Vaccination in Bombay 1863-1868 - 1863-1868
Year: 1863
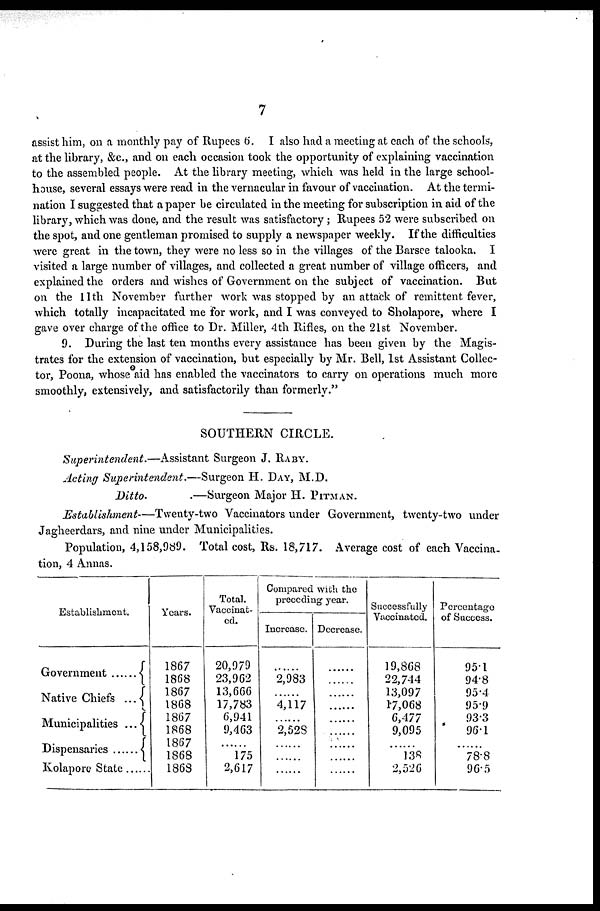
7
assist him, on a monthly pay of Rupees 6. I also had a meeting at each of the schools,
at the library, &c., and on each occasion took the opportunity of explaining vaccination
to the assembled people. At the library meeting, which was held in the large school¬
house, several essays were read in the vernacular in favour of vaccination. At the termi-
nation I suggested that a paper be circulated in the meeting for subscription in aid of the
library, which was done, and the result was satisfactory; Rupees 52 were subscribed on
the spot, and one gentleman promised to supply a newspaper weekly. If the difficulties
were great in the town, they were no less so in the villages of the Barsee talooka. I
visited a large number of villages, and collected a great number of village officers, and
explained the orders and wishes of Government on the subject of vaccination. But
on the 11th November further work was stopped by an attack of remittent fever,
which totally incapacitated me for work, and I was conveyed to Sholapore, where I
gave over charge of the office to Dr. Miller, 4th Rifles, on the 21st November.
9. During the last ten months every assistance has been given by the Magis-
trates for the extension of vaccination, but especially by Mr. Bell, 1st Assistant Collec-
tor, Poona, whose aid has enabled the vaccinators to carry on operations much more
smoothly, extensively, and satisfactorily than formerly."
SOUTHERN CIRCLE.
Superintendent.—Assistant
Surgeon J. RABY.
Acting Superintendent.—Surgeon
H. DAY, M.D.
Ditto.
—Surgeon Major H. PITMAN.
Establishment—Twenty-two
Vaccinators under Government, twenty-two under
Jagheerdars, and nine under Municipalities.
Population, 4,158,989. Total cost, Rs. 18,717. Average cost of each Vaccina-
tion, 4 Annas.
Establishment.
Government ......
Native Chiefs ...
Municipalities ...
Dispensaries
Kolapore State ......
Years.
1867
1868
1867
1868
1867
1868
1867
1868
1868
Total.
Vaccinat-
ed.
20,979
23,962
13,666
17,783
6,941
9,463
......
175
2,617
Compared with the
preecding year.
Increase.
......
2,983
......
4,117
......
2,528
......
......
....
Decrease.
......
......
......
......
......
......
......
......
....
Successfully
Vaccinated.
19,868
22,744
13,097
17,068
6,477
9,095
......
138
2,526
Percentage
of Success.
95.1
94.8
95.4
95.9
93.3
96.1
......
78.8
96.5